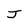
Character: J